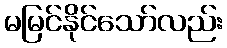
မမြင်နိုင်သော်လည်း